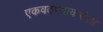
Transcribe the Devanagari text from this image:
एकवटण्याकरीता